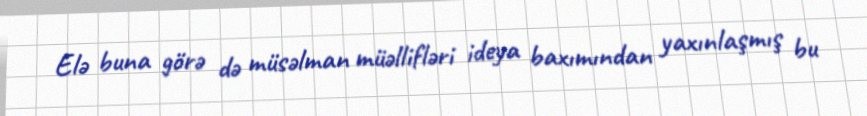
Elə buna görə də müsəlman müəllifləri ideya baxımından yaxınlaşmış bu